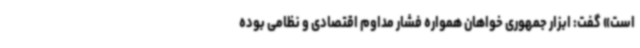
است» گفت: ابزار جمهوری خواهان همواره فشار مداوم اقتصادی و نظامی بوده